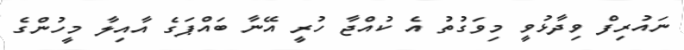
ނައުރިފް ވިދާޅުވީ މިވަގުތު އެ ކުއްޖާ ހުރީ އޭނާ ބައްޕަގެ އާއިލާ މީހުންގެ